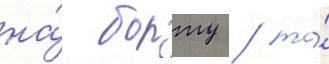
на́ борту / то́